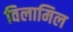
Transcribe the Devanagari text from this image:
विलामिल